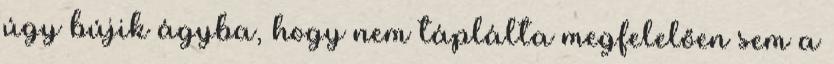
úgy bújik ágyba, hogy nem táplálta megfelelően sem a